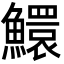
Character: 鱞